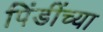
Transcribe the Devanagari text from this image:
पिंडींच्या